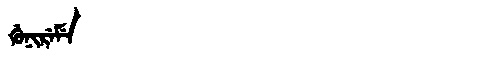
Manchu: ᡤᡠᠨᡳᡵᡝᠮᡝ
Romanization: GUNIREME